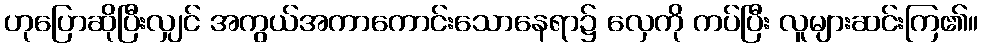
ဟုပြောဆိုပြီးလျှင် အကွယ်အကာကောင်းသောနေရာ၌ လှေကို ကပ်ပြီး လူများဆင်းကြ၏။